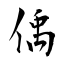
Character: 偊